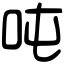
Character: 吨